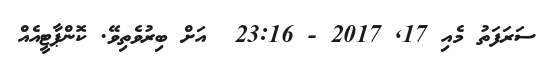
ސަރަފަތު މެއި 17